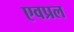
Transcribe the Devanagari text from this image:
एवप्रल